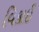
વિકાઈ